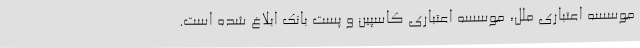
موسسه اعتباری ملل، موسسه اعتباری کاسپین و پست بانک ابلاغ شده است.